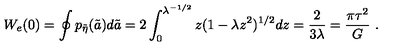
W _ { e } ( 0 ) = \oint p _ { \tilde { \eta } } ( \tilde { a } ) d \tilde { a } = 2 \int _ { 0 } ^ { \lambda ^ { - 1 / 2 } } z ( 1 - \lambda z ^ { 2 } ) ^ { 1 / 2 } d z = { \frac { 2 } { 3 \lambda } } = { \frac { \pi \tau ^ { 2 } } { G } } \ .